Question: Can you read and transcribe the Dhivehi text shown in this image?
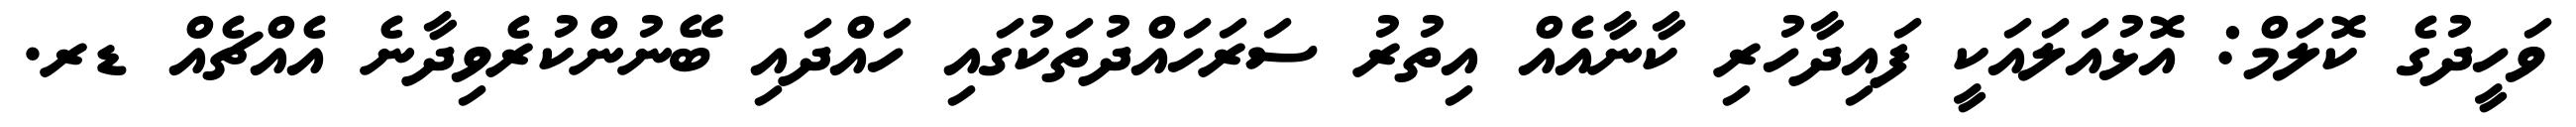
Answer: ވަހީދުގެ ކޮލަމް: އޮޅުއަލައަކީ ފައިދާހުރި ކާނާއެއް އިތުރު ސަރަހައްދުތަކުގައި ހައްދައި ބޭނުންކުރެވިދާނެ އެއްޗެއް ޑރ.